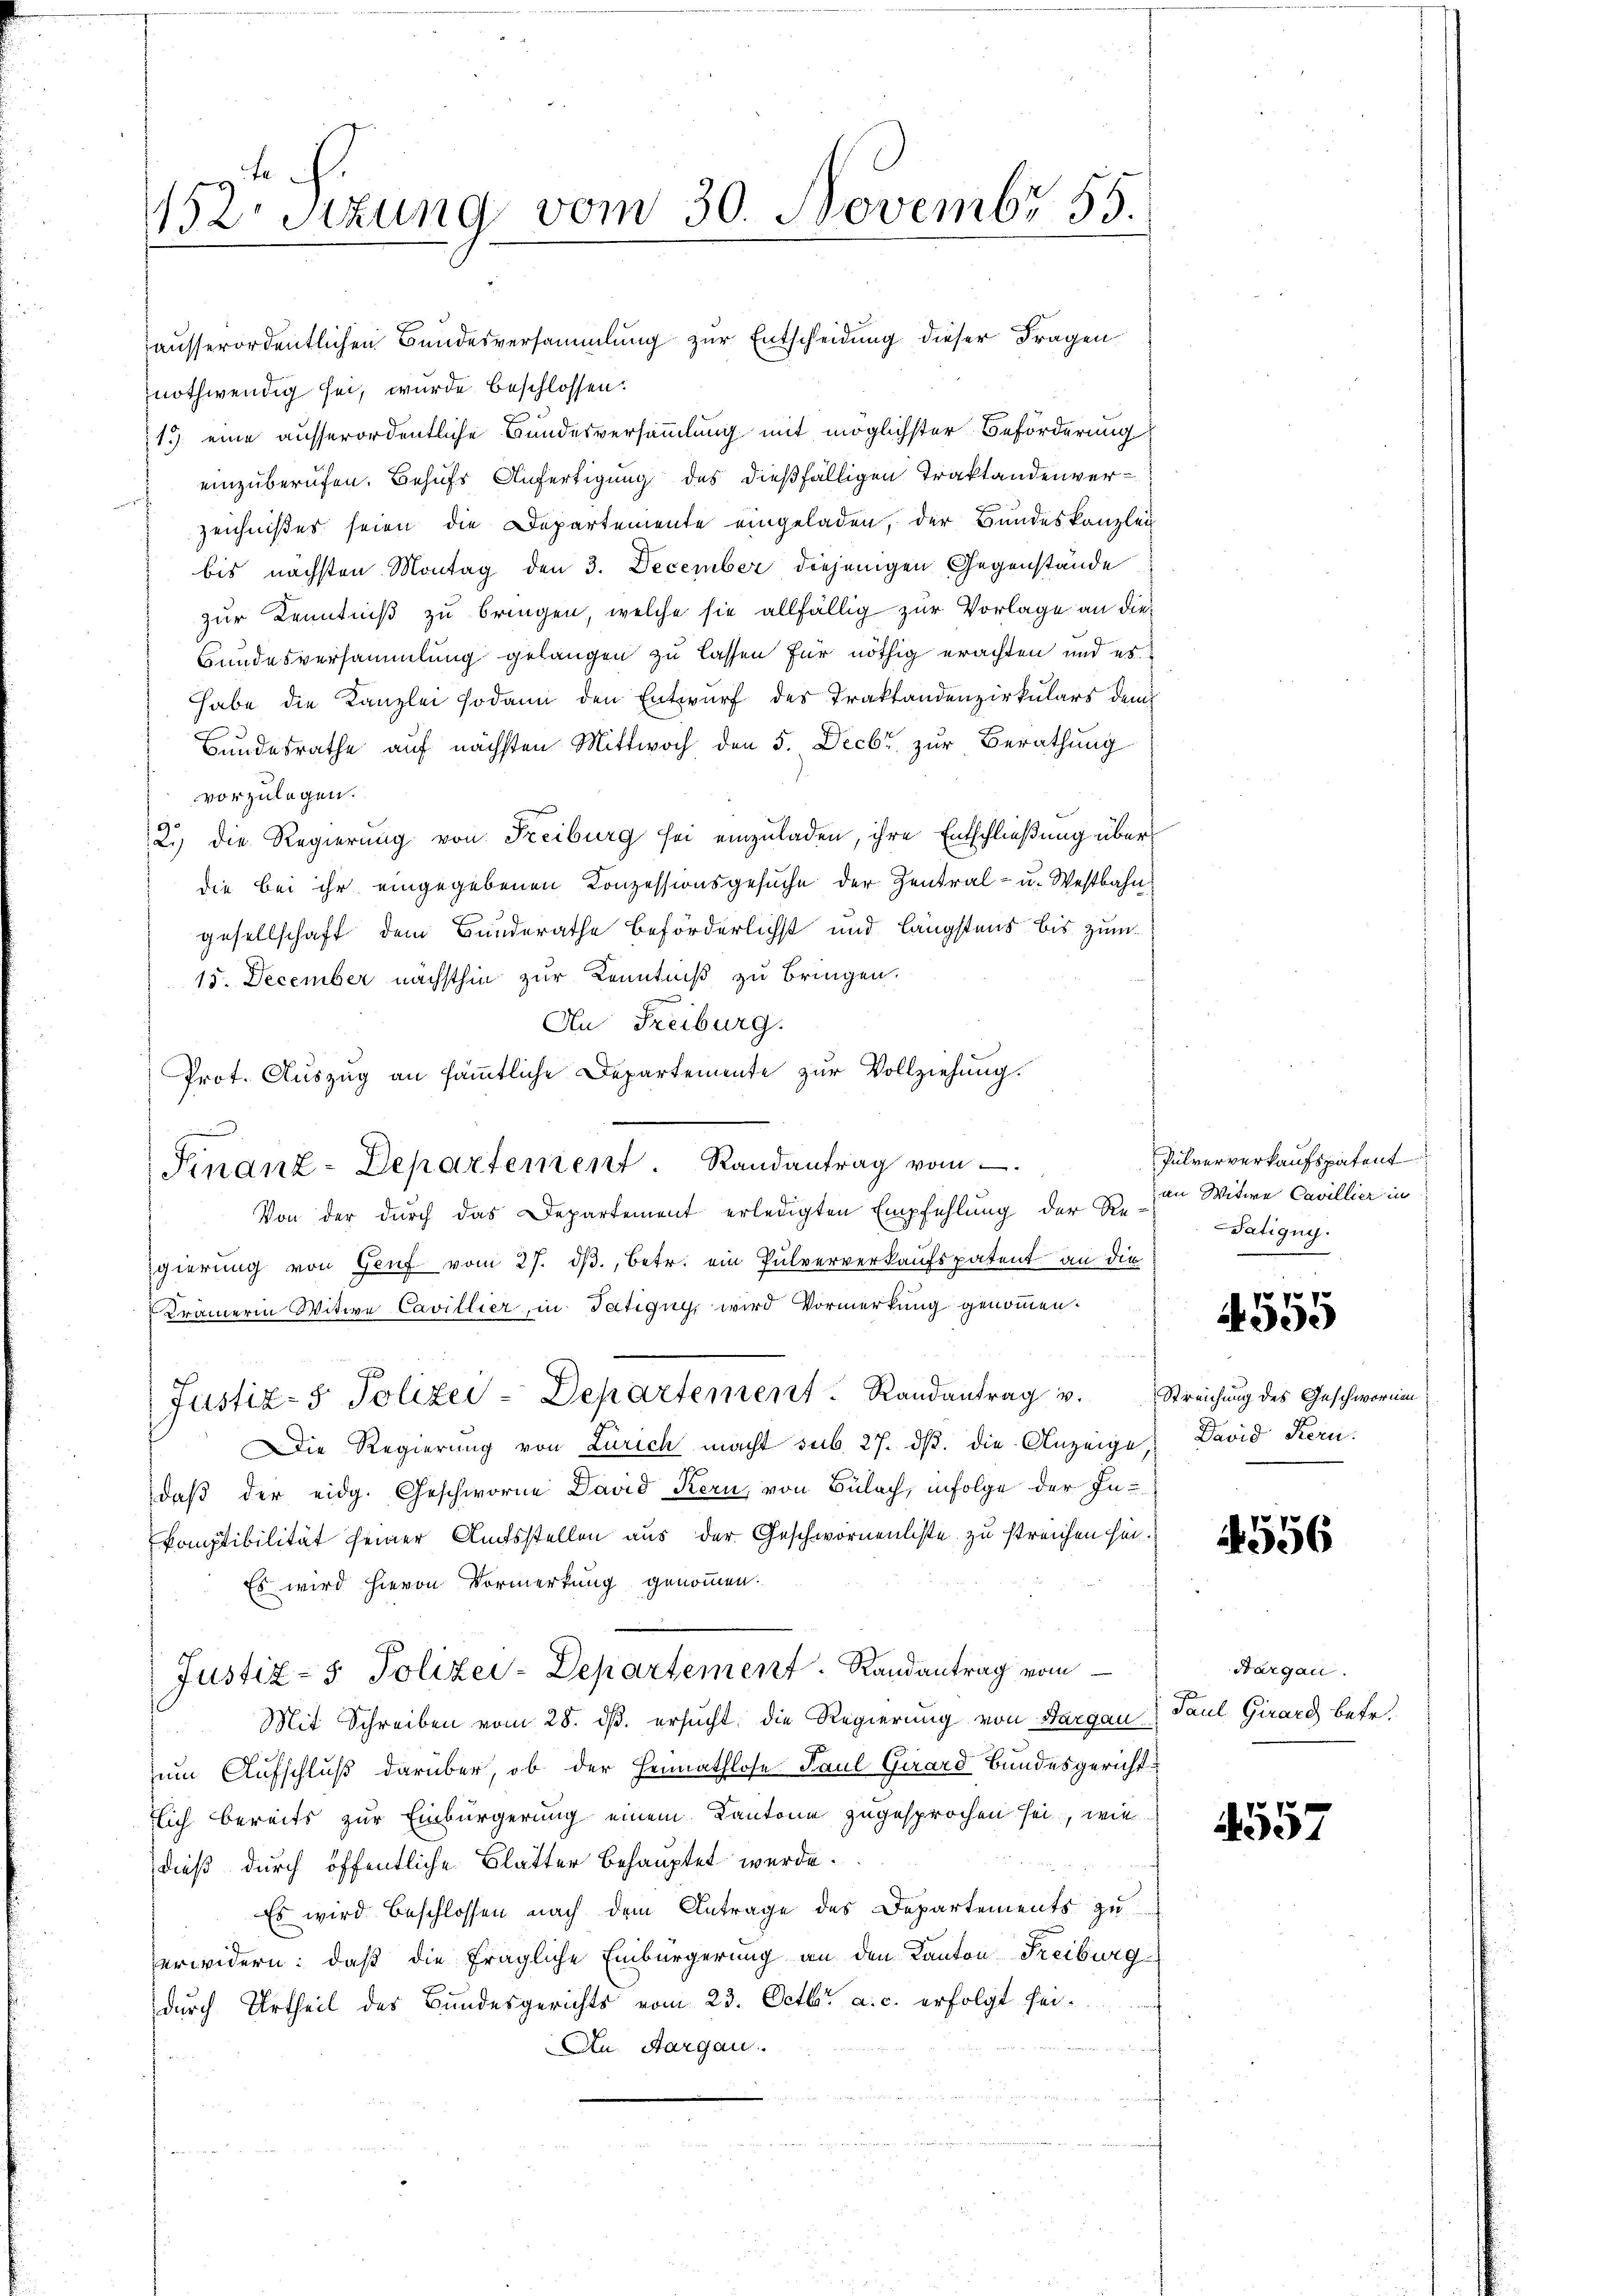
ausserordentlichen Bundesversammlung zur Entscheidung dieser Fragen
nothwendig sei, wurde beschlossen:
19 eine ausserordentliche Bundesversammlung mit möglichster Beförderung
 einzuberufen. Behufs Anfertigung des dießfälligen Traktandenverzeichnißes seien die Departemente eingeladen, der Bundeskanzlei
bis nächsten Montag den 3. December diejenigen Gegenstände
zur Kenntniß zu bringen, welche sie allfällig zur Vorlage an die¬
Bundesversammlung gelangen zu lassen für nöthig erachten und es
habe die Kanzlei sodann den Entwurf des Traktandenzirkulars dem
Bundesrathe auf nächsten Mittwoch den 5. Decbr zur Berathung
vorzulegen.
2.) Die Regierung von Freiburg sei einzuladen, ihre Entschließung überdie bei ihr eingegebenen Konzessionsgesuche der Zentral- u. Westbahngesellschaft dem Bunderathe beförderlichst und längstens bis zum
15. December nächsthin zur Kenntniß zu bringen.
An Freiburg.
Prot. Auszug an sämmtliche Departemente zur Vollziehung.
Von der durch das Departement erledigten Empfehlung der Z. in Witwe Cavillier in
gierung von Genf vom 27. dβ, betr. ein Pulververkaufspatent an die
Kramerin Witwe Cavillier, in Tatigny, wird Vormerkung genommen.
Justiz- & Polizei-Departement. Randantrag v. Streichung des Geschwornen
Die Regierung von Zürich macht seib. 27. ds. die Anzeige David Kern-
daß der eidg. Geschworne David Kern, von Bülach, infolge der In-
komptibilität seiner Amtsstellen aus der Geschwornenliste zu streichen hin.
Es wird hievon Vormerkung genommen.
Justiz- & Polizei-Departement. Randantrag vom
Mit Schreiben vom 28. ds. ersucht, die Regierung von Sargau) Paul Girard betr.
zum Aufschluß darüber, ob der Heimathlose Paul Girard Bundesgericht
lich bereits zur Einbürgerung einem Kantone zugesprochen sei, wie
dieß durch öffentliche Blätter behauptet werde.
Es wird beschlossen nach dem Antrage des Departements zu
erwidern: daß die fragliche Einbürgerung an den Kanton Freiburg
durch Urtheil des Bundesgerichts vom 23. Octbr. a. c. erfolgt sei¬
An Aargau.

152 Sizung vom 30. Novembr 55.

.
Finanz-Departement. Randantrag vom

Pulververkaufspatent
Tatigug.

4555

4556

Margau.

557